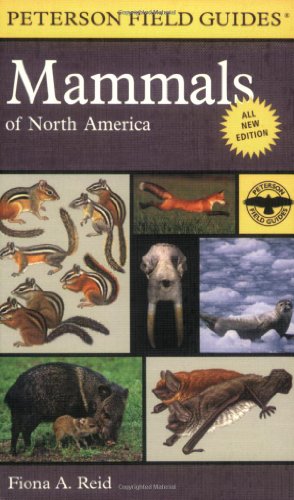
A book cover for Peterson Field Guide to Mammals of North America: Fourth Edition (Peterson Field Guides); Fiona Reid; Science & Math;